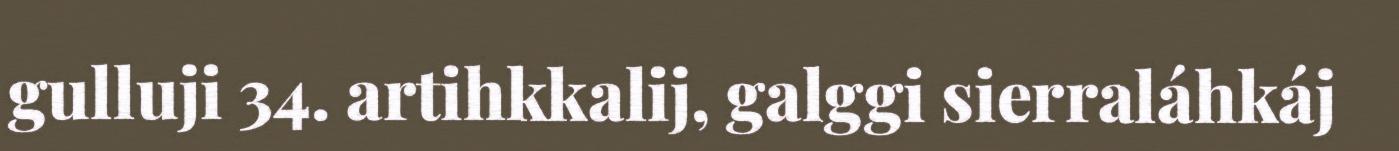
gulluji 34. artihkkalij, galggi sierraláhkáj